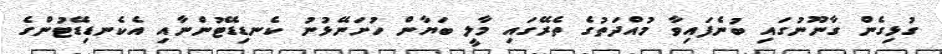
ގުޅިގެން ގާނޫނުގައި ބުނެފައިވާ މުއްދަތުގެ ތެރޭގައި މާލީ ބަޔާން ހުށަނޭޅުނު ކެނޑިޑޭޓުންނާއި އެކެނޑިޑޭޓުންގެ